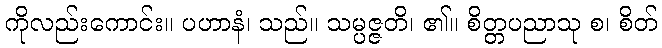
ကိုလည်းကောင်း။ ပဟာနံ၊ သည်။ သမ္ပဇ္ဇတိ၊ ၏။ စိတ္တပညာသု စ၊ စိတ်